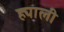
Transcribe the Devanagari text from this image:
ह्याली